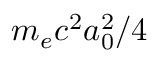
m _ { e } c ^ { 2 } a _ { 0 } ^ { 2 } / 4